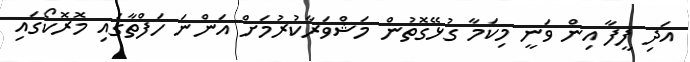
އަދި ފީފާ އިން ވަނީ މިކަމާ ގުޅޭގޮތުން މަޝްވަރާކުރުމަށް އަންނަ ހަފްތާގައި މޮރޮކޯގައި